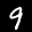
Label: 9